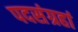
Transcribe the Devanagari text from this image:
पदसंग्रहां